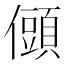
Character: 𭀆